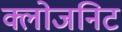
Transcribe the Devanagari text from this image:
क्लोजनिट